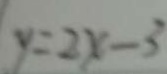
y = 2 x - 3